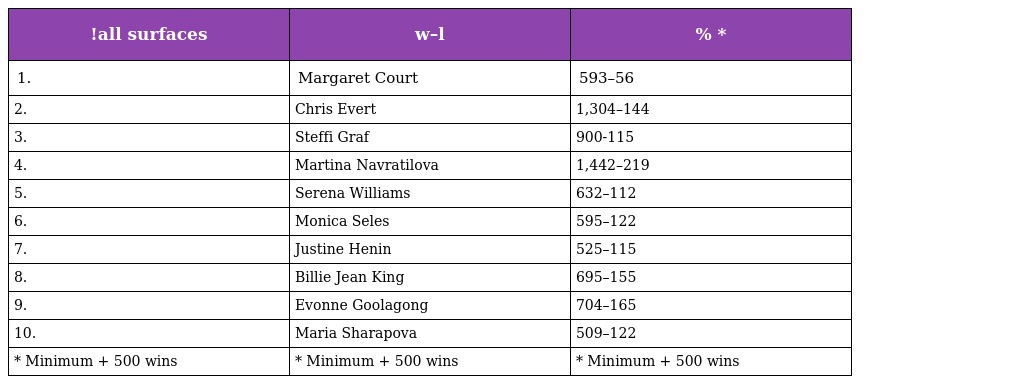
| !all surfaces | w–l | % * |
 | --- | --- | --- |
 | 1. | Margaret Court | 593–56 |
 | 2. | Chris Evert | 1,304–144 |
 | 3. | Steffi Graf | 900-115 |
 | 4. | Martina Navratilova | 1,442–219 |
 | 5. | Serena Williams | 632–112 |
 | 6. | Monica Seles | 595–122 |
 | 7. | Justine Henin | 525–115 |
 | 8. | Billie Jean King | 695–155 |
 | 9. | Evonne Goolagong | 704–165 |
 | 10. | Maria Sharapova | 509–122 |
 | * Minimum + 500 wins | * Minimum + 500 wins | * Minimum + 500 wins |